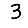
Digit: 3